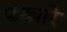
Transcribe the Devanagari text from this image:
फब्बारे